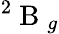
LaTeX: ^2\mathrm{~B~}_{g}